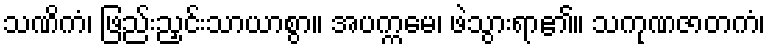
သဏိကံ၊ ဖြည်းညှင်းသာယာစွာ။ အပက္ကမေ၊ ဖဲသွားရာ၏။ သကုဏဇာတကံ၊